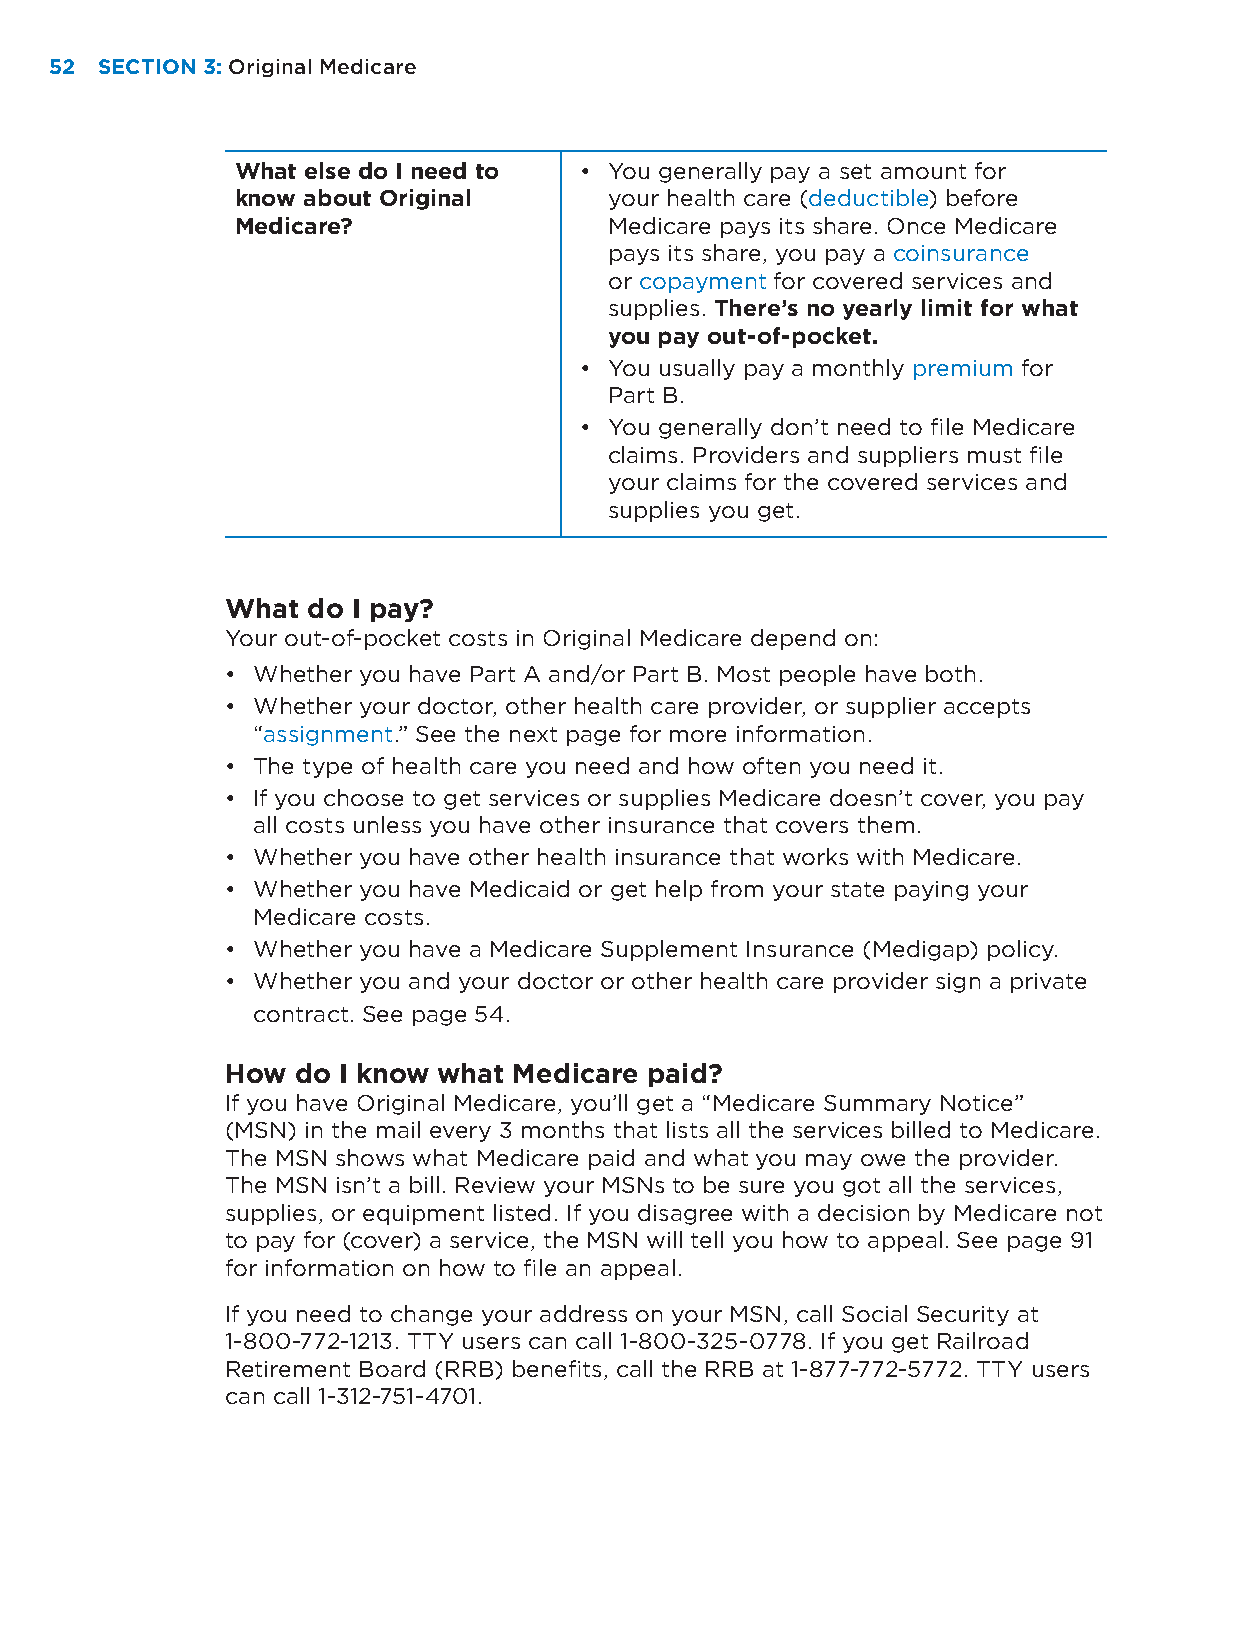
52 SECTION 3: Original Medicare
 What else do I need to • You generally pay a set amount for
 know about Original     your health care (deductible) before
 Medicare?               Medicare pays its share. Once Medicare
 pays its share, you pay a coinsurance
 or copayment for covered services and
 supplies. There’s no yearly limit for what
 you pay out-of-pocket.
 • You usually pay a monthly premium for
 Part B.
 • You generally don’t need to file Medicare
 claims. Providers and suppliers must file
 your claims for the covered services and
 supplies you get.
 What do I pay?
 Your out-of-pocket costs in Original Medicare depend on:
 • Whether you have Part A and/or Part B. Most people have both.
 • Whether your doctor, other health care provider, or supplier accepts
 “assignment.” See the next page for more information.
 • The type of health care you need and how often you need it.
 • If you choose to get services or supplies Medicare doesn’t cover, you pay
 all costs unless you have other insurance that covers them.
 • Whether you have other health insurance that works with Medicare.
 • Whether you have Medicaid or get help from your state paying your
 Medicare costs.
 • Whether you have a Medicare Supplement Insurance (Medigap) policy.
 • Whether you and your doctor or other health care provider sign a private
 contract. See page 54.
 How do I know what Medicare paid?
 If you have Original Medicare, you’ll get a “Medicare Summary Notice”
 (MSN) in the mail every 3 months that lists all the services billed to Medicare.
 The MSN shows what Medicare paid and what you may owe the provider.
 The MSN isn’t a bill. Review your MSNs to be sure you got all the services,
 supplies, or equipment listed. If you disagree with a decision by Medicare not
 to pay for (cover) a service, the MSN will tell you how to appeal. See page 91
 for information on how to file an appeal.
 If you need to change your address on your MSN, call Social Security at
 1-800-772-1213. TTY users can call 1-800-325-0778. If you get Railroad
 Retirement Board (RRB) benefits, call the RRB at 1-877-772-5772. TTY users
 can call 1-312-751-4701.